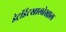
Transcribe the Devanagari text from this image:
डेट्रॉईटखालोखाल